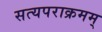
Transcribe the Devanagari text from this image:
सत्यपराक्रमम्